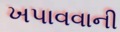
ખપાવવાની